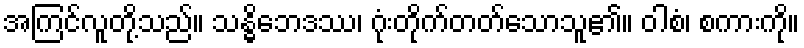
အကြင်လူတို့သည်။ သန္ဓိဘေဒဿ၊ ဂုံးတိုက်တတ်သောသူ၏။ ဝါစံ၊ စကားကို။